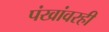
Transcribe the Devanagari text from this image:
पंखांवरही